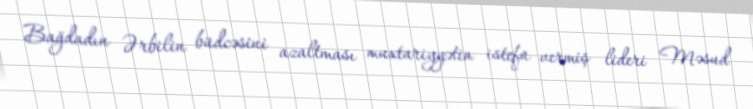
Bağdadın Ərbilin büdcəsini azaltması muxtariyyətin istefa vermiş lideri Məsud